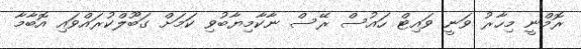
ރޮމްނީ މިހާރު ވަނީ ވައިޓް ހައުސް ރޭސް ނާކާމިޔާބުވި ކަމަށް ގަބޫލްކުރައްވައި އޮބާމާ